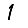
Digit: 1